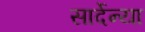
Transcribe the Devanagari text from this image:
सार्देन्या